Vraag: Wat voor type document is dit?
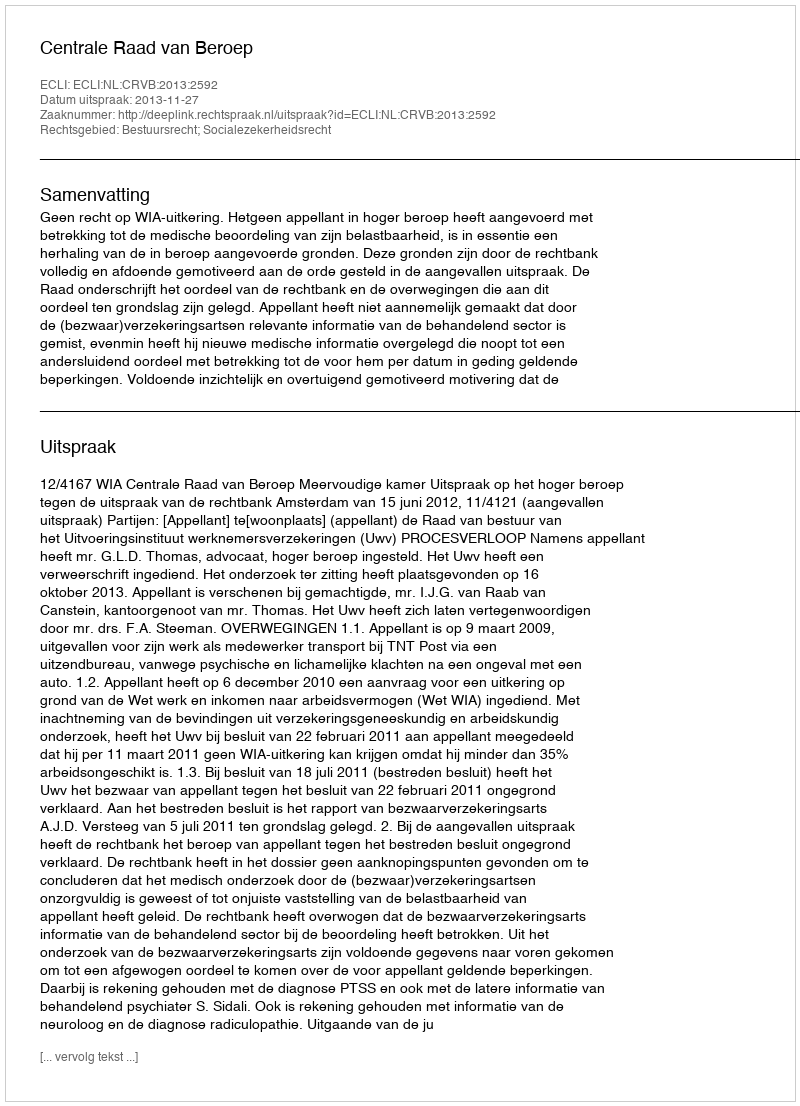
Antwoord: Uitspraak